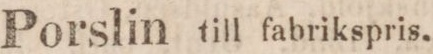
Porslin till fabrikspris.